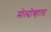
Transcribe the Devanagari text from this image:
मोल्दोव्हाला